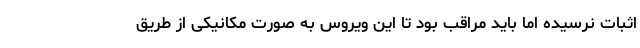
اثبات نرسیده اما باید مراقب بود تا این ویروس به صورت مکانیکی از طریق